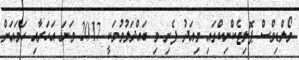
މޯލްޑިވްސް ޕޮލިޓެކްނިކްގައި މިއަދު ފެށި މި ބައްދަލުވުމަކީ 2017 ވަނަ އަހަރާއި ހަމައަށް